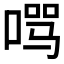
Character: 𱓚